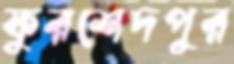
ফুরশেদপুর